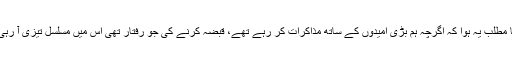
اس کا مطلب یہ ہوا کہ اگرچہ ہم بڑی امیدوں کے ساتھ مذاکرات کر رہے تھے، قبضہ کرنے کی جو رفتار تھی اس میں مسلسل تیزی آ رہی تھی۔